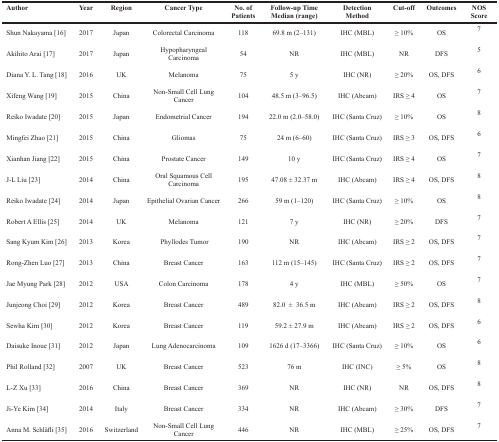
<table><thead><tr><td><b>Author</b></td><td><b>Year</b></td><td><b>Region</b></td><td><b>Cancer Type</b></td><td><b>No. of Patients</b></td><td><b>Follow-up Time Median (range)</b></td><td><b>Detection Method</b></td><td><b>Cut-off</b></td><td><b>Outcomes</b></td><td><b>NOS Score</b></td></tr></thead><tbody><tr><td>Shun Nakayama [16]</td><td>2017</td><td>Japan</td><td>Colorectal Carcinoma</td><td>118</td><td>69.8 m (2–131)</td><td>IHC (MBL)</td><td>≥ 10%</td><td>OS</td><td>7</td></tr><tr><td>Akihito Arai [17]</td><td>2017</td><td>Japan</td><td>Hypopharyngeal Carcinoma</td><td>54</td><td>NR</td><td>IHC (MBL)</td><td>NR</td><td>DFS</td><td>5</td></tr><tr><td>Diana Y. L. Tang [18]</td><td>2016</td><td>UK</td><td>Melanoma</td><td>75</td><td>5 y</td><td>IHC (NR)</td><td>≥ 20%</td><td>OS, DFS</td><td>6</td></tr><tr><td>Xifeng Wang [19]</td><td>2015</td><td>China</td><td>Non-Small Cell Lung Cancer</td><td>104</td><td>48.5 m (3–96.5)</td><td>IHC (Abcam)</td><td>IRS ≥ 4</td><td>OS</td><td>7</td></tr><tr><td>Reiko Iwadate [20]</td><td>2015</td><td>Japan</td><td>Endometrial Cancer</td><td>194</td><td>22.0 m (2.0–58.0)</td><td>IHC (Santa Cruz)</td><td>≥ 10%</td><td>OS</td><td>8</td></tr><tr><td>Mingfei Zhao [21]</td><td>2015</td><td>China</td><td>Gliomas</td><td>75</td><td>24 m (6–60)</td><td>IHC (Santa Cruz)</td><td>IRS ≥ 3</td><td>OS, DFS</td><td>6</td></tr><tr><td>Xianhan Jiang [22]</td><td>2015</td><td>China</td><td>Prostate Cancer</td><td>149</td><td>10 y</td><td>IHC (Santa Cruz)</td><td>IRS ≥ 4</td><td>OS</td><td>7</td></tr><tr><td>J-L Liu [23]</td><td>2014</td><td>China</td><td>Oral Squamous Cell Carcinoma</td><td>195</td><td>47.08 ± 32.37 m</td><td>IHC (Abcam)</td><td>IRS ≥ 4</td><td>OS, DFS</td><td>8</td></tr><tr><td>Reiko Iwadate [24]</td><td>2014</td><td>Japan</td><td>Epithelial Ovarian Cancer</td><td>266</td><td>59 m (1–120)</td><td>IHC (Santa Cruz)</td><td>≥ 10%</td><td>OS</td><td>8</td></tr><tr><td>Robert A Ellis [25]</td><td>2014</td><td>UK</td><td>Melanoma</td><td>121</td><td>7 y</td><td>IHC (NR)</td><td>≥ 20%</td><td>DFS</td><td>7</td></tr><tr><td>Sang Kyum Kim [26]</td><td>2013</td><td>Korea</td><td>Phyllodes Tumor</td><td>190</td><td>NR</td><td>IHC (Abcam)</td><td>IRS ≥ 2</td><td>OS, DFS</td><td>7</td></tr><tr><td>Rong-Zhen Luo [27]</td><td>2013</td><td>China</td><td>Breast Cancer</td><td>163</td><td>112 m (15–145)</td><td>IHC (Santa Cruz)</td><td>IRS ≥ 2</td><td>OS, DFS</td><td>7</td></tr><tr><td>Jae Myung Park [28]</td><td>2012</td><td>USA</td><td>Colon Carcinoma</td><td>178</td><td>4 y</td><td>IHC (MBL)</td><td>≥ 50%</td><td>OS</td><td>7</td></tr><tr><td>Junjeong Choi [29]</td><td>2012</td><td>Korea</td><td>Breast Cancer</td><td>489</td><td>82.0 ± 36.5 m</td><td>IHC (Abcam)</td><td>IRS ≥ 2</td><td>OS, DFS</td><td>8</td></tr><tr><td>Sewha Kim [30]</td><td>2012</td><td>Korea</td><td>Breast Cancer</td><td>119</td><td>59.2 ± 27.9 m</td><td>IHC (Abcam)</td><td>IRS ≥ 2</td><td>OS, DFS</td><td>6</td></tr><tr><td>Daisuke Inoue [31]</td><td>2012</td><td>Japan</td><td>Lung Adenocarcinoma</td><td>109</td><td>1626 d (17–3366)</td><td>IHC (Santa Cruz)</td><td>≥ 10%</td><td>OS</td><td>6</td></tr><tr><td>Phil Rolland [32]</td><td>2007</td><td>UK</td><td>Breast Cancer</td><td>523</td><td>76 m</td><td>IHC (INC)</td><td>≥ 5%</td><td>OS</td><td>8</td></tr><tr><td>L-Z Xu [33]</td><td>2016</td><td>China</td><td>Breast Cancer</td><td>369</td><td>NR</td><td>IHC (NR)</td><td>NR</td><td>OS, DFS</td><td>8</td></tr><tr><td>Ji-Ye Kim [34]</td><td>2014</td><td>Italy</td><td>Breast Cancer</td><td>334</td><td>NR</td><td>IHC (Abcam)</td><td>≥ 30%</td><td>DFS</td><td>7</td></tr><tr><td>Anna M. Schläfli [35]</td><td>2016</td><td>Switzerland</td><td>Non-Small Cell Lung Cancer</td><td>446</td><td>NR</td><td>IHC (MBL)</td><td>≥ 25%</td><td>OS, DFS</td><td>7</td></tr></tbody></table>